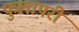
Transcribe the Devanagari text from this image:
फुलापरी